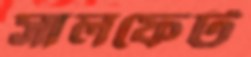
সালফেট